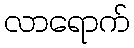
လာရောက်